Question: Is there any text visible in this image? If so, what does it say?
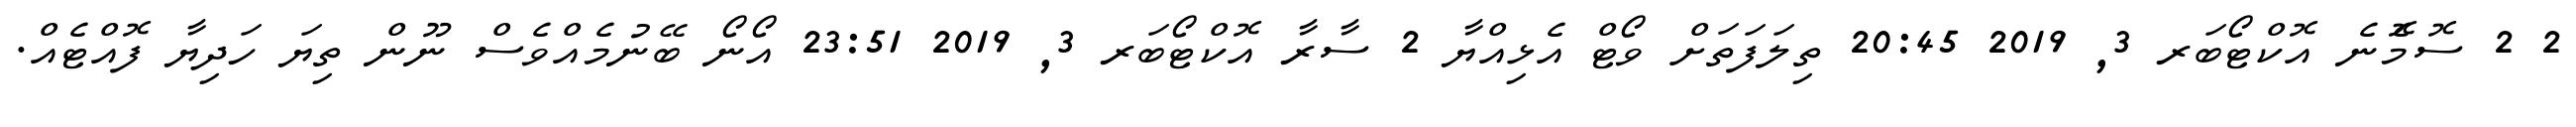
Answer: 2 2 ސޮމެޮނެ އޮކްޓޯބަރ 3, 2019 20:45 ތިލަފަތަށް ވޯޓް އެޅިއްޔާ 2 ސާރާ އޮކްޓޯބަރ 3, 2019 23:51 އޯނޯ ބޭނުމެއްވެސް ނޫން ތިޔަ ހަދިޔާ ފޮއްޓެއް.